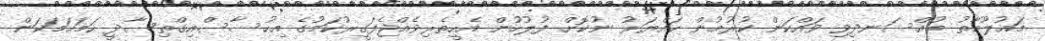
މައުލޫމާތު މުއްސަނދިވި ވައްކަން ކުރުމުން ހައްޔަރު ނުކޮށް ފުލުހުން އެހީތެރިވެއްޖެފަގީރުކަމުގެ އިހުސާސްއިގްތިސާދީ ހަމަހަމަކަން